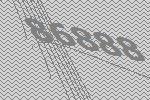
86888